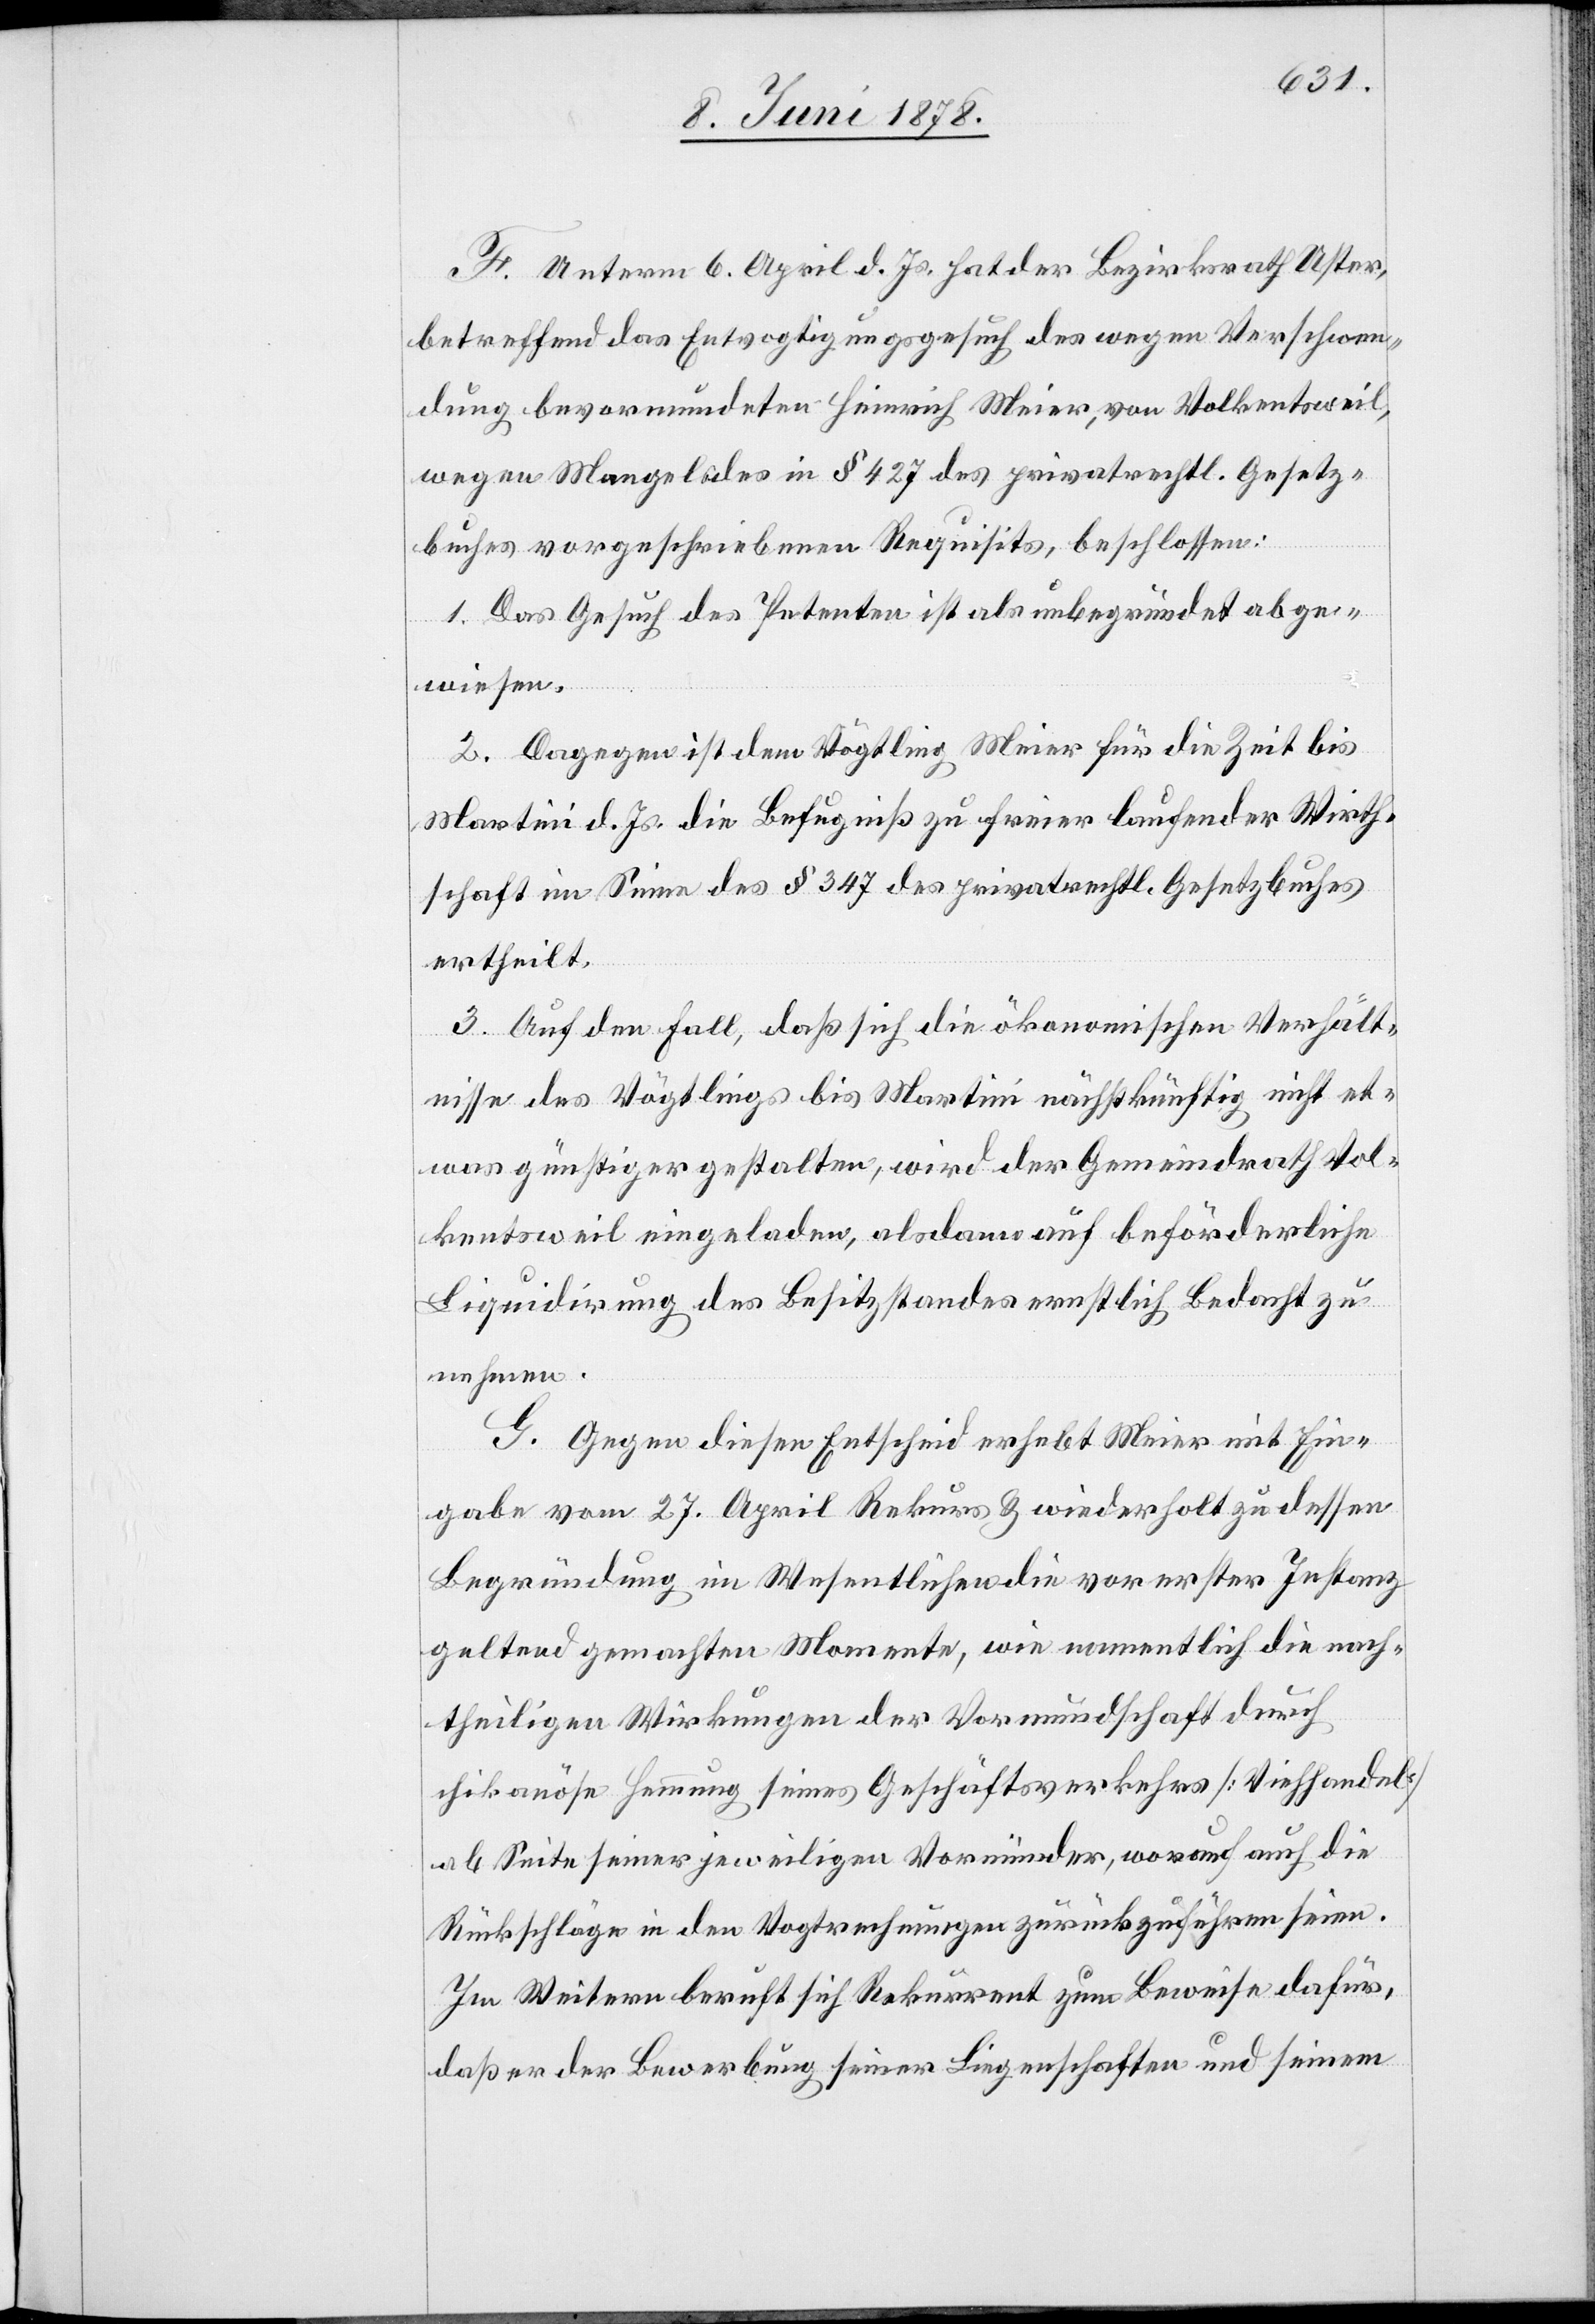
F. Unterm 6. April d. Js. hat der Bezirksrath Uster,
betreffend das Entvogtigungsgesuch des wegen Verschwen¬
dung bevormundeten Heinrich Meier, von Volkentsweil
wegen Mangel des in § 427 des privatrechtl. Gesetz¬
buches vorgeschriebenen Requisits, beschlossen:
1. Das Gesuch des Petenten ist als unbegründet abge¬
wiesen.
2. Dagegen ist dem Vögtling Meier für die Zeit bis
Martini d. Js. die Befugniß zu freier laufender Wirth¬
schaft im Sinne des § 347 des privatrechtl. Gesetzbuches
ertheilt.
3. Auf den Fall, daß sich die ökonomischen Verhält¬
nisse des Vögtlings bis Martini nächstkünftig nicht et¬
was günstiger gestalten, wird der Gemeindrath Vol¬
kentsweil eingeladen, alsdann auf beförderliche
Liquidirung des Besitzstandes ernstlich Bedacht zu
nehmen.
G. Gegen diesen Entscheid erhebt Meier mit Ein¬
gabe vom 27. April Rekurs & wiederholt zu dessen
Begründung im Wesentlichen die vor erster Instanz
geltend gemachten Momente, wie namentlich die nach¬
theiligen Wirkungen der Vormundschaft durch
chikanöse Hemmung seines Geschäftsverkehrs [Viehhandel]
ab Seite seiner jeweiligen Vormünder, worauf auch die
Rückschläge in den Vogtrechnungen zurückzuführen seien.
Im Weitern beruft sich Rekurrent zum Beweise dafür,
daß er der Bewerbung seiner Liegenschaften und seinem